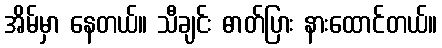
အိမ်မှာ နေတယ်။ သီချင်း ဓာတ်ပြား နားထောင်တယ်။